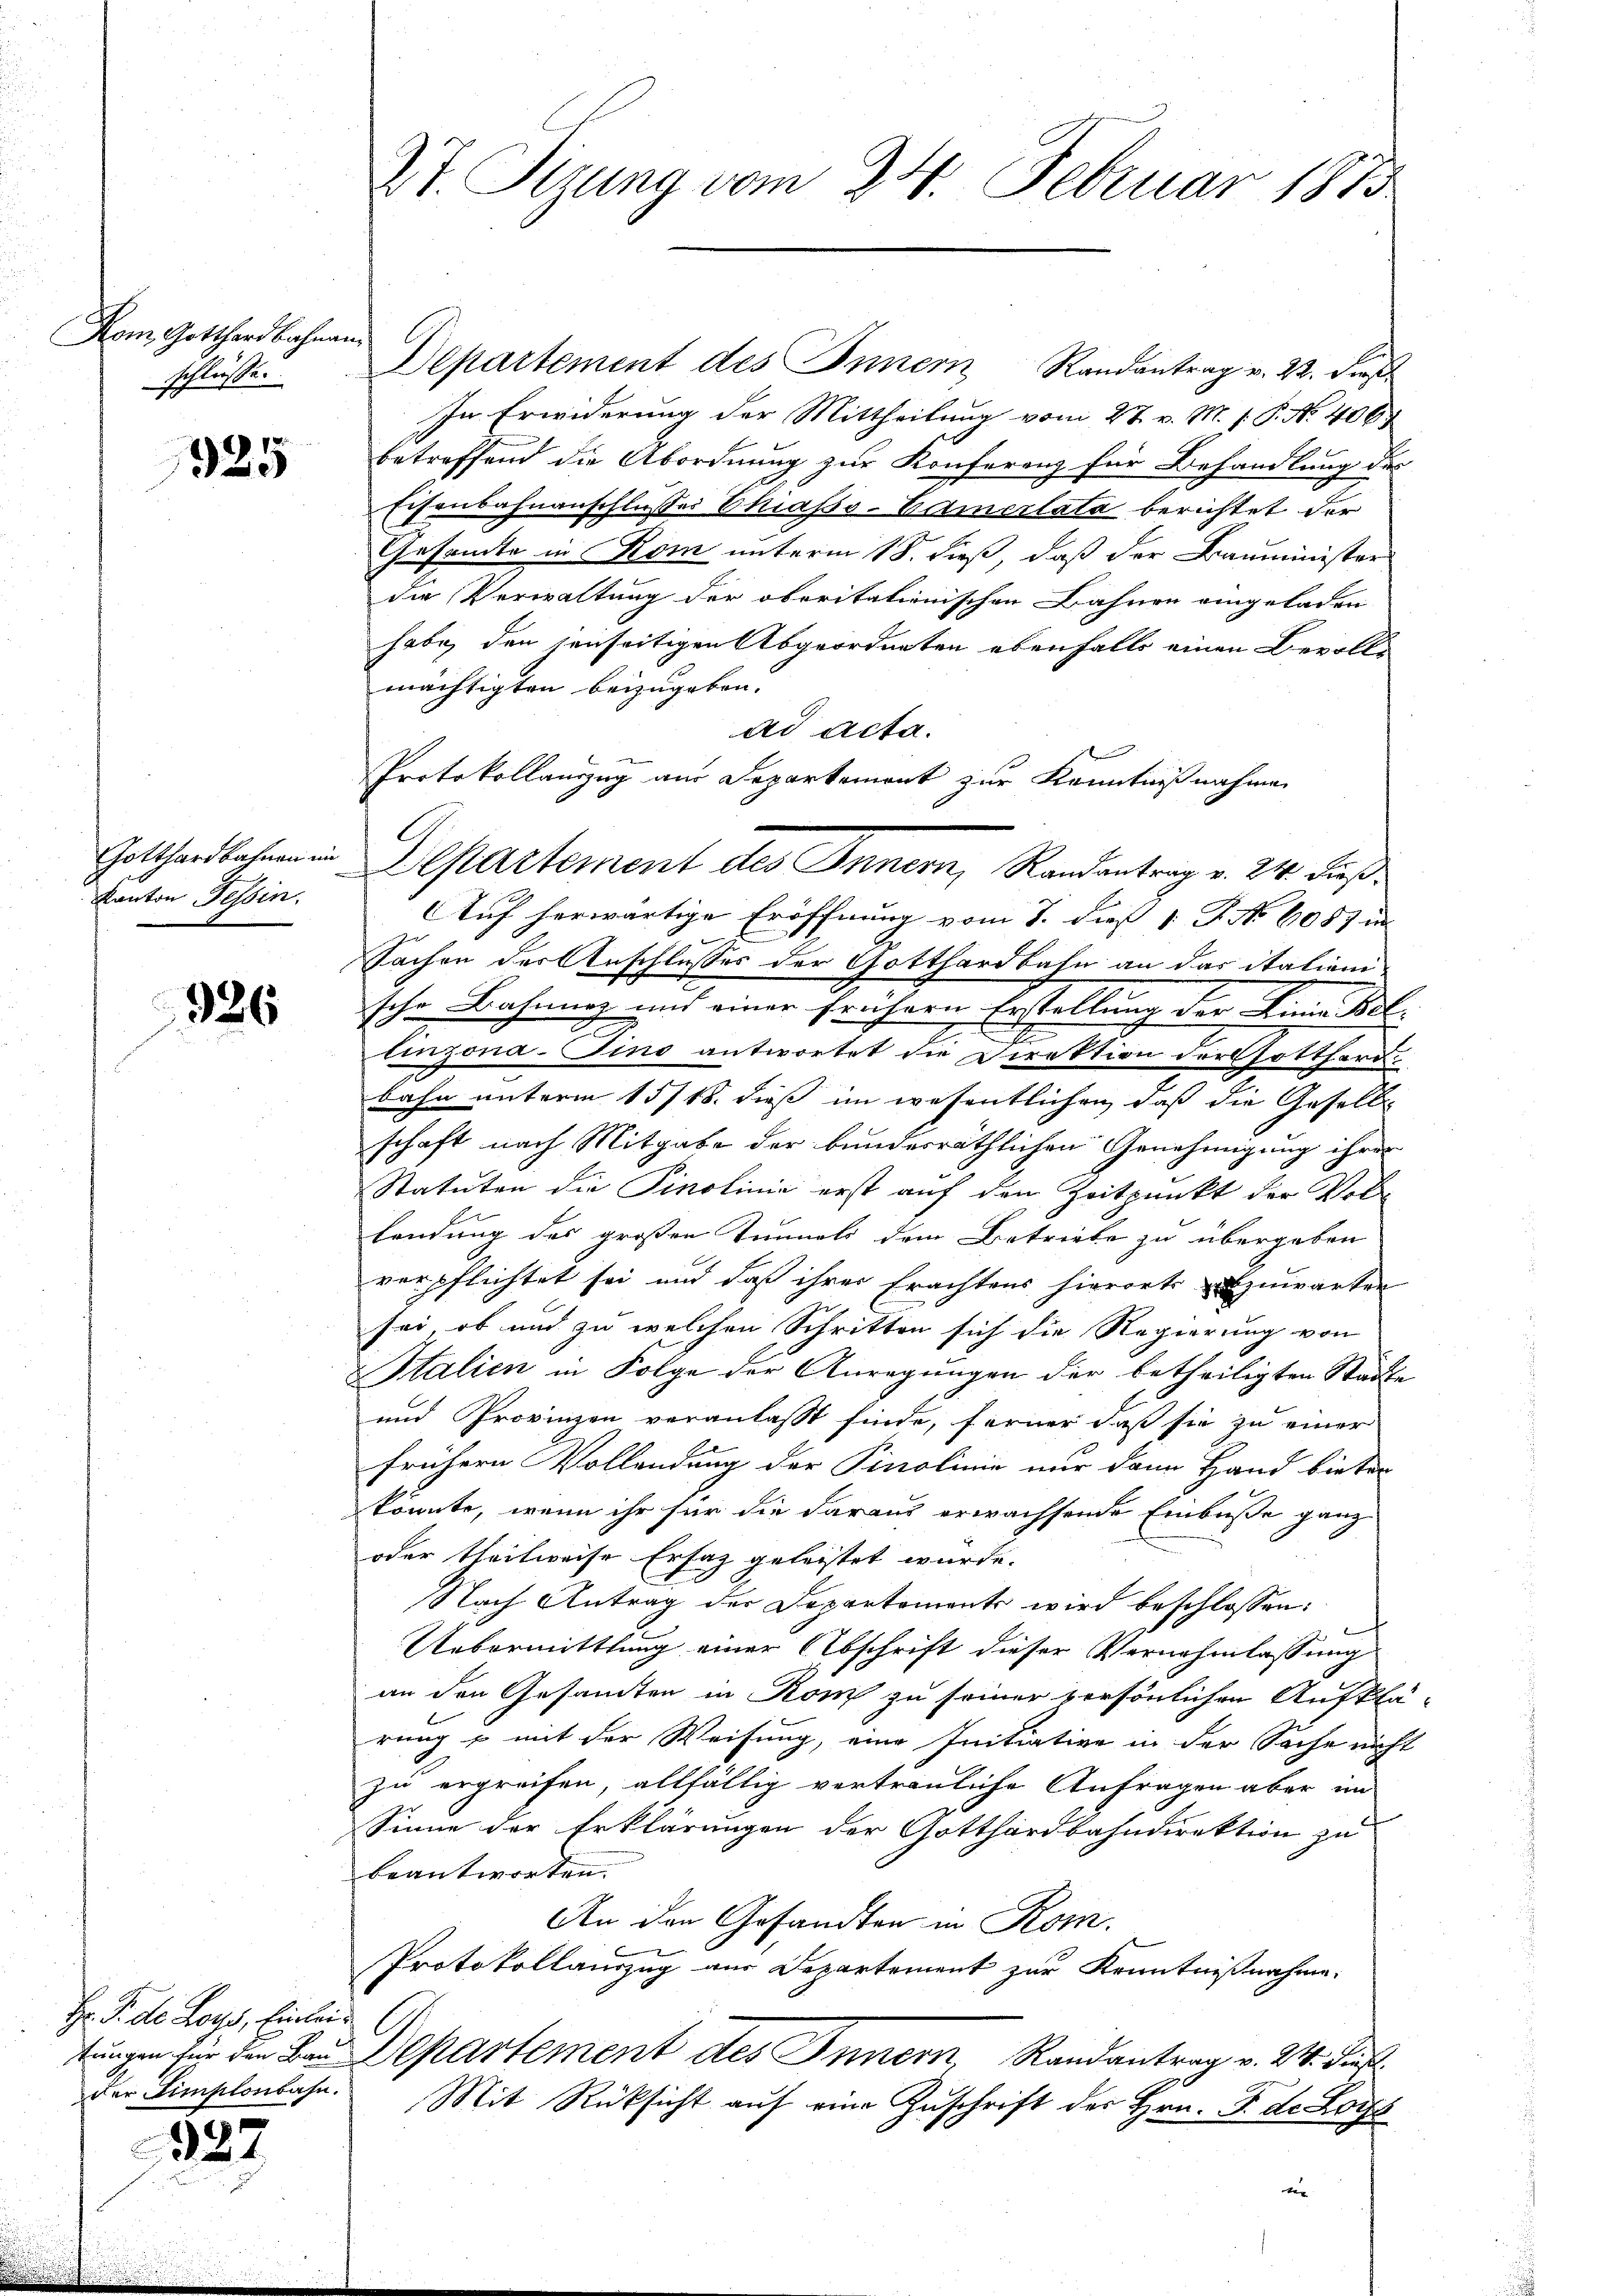
Nom, Gotthardbahnan
schlüsse.

325

Gotthardbahnen im
ve
Kanton Tessin.

926

Hr. P. de Loys, Einleistungen für den Bau-
der Simplonbahn.

322

Zt. Sizung vom 24. Februar 1875

Departement des Innern Randantrag v. 22. dieß
In Erwiderung der Mittheilung vom 27. v. M. P.P. No. 406
betreffend die Abordnung zur Konferenz für Behandlung des
Eisenbahnanschlusses Chiasso-Vamcrlata berichtet der
Gesamte in Kom unterm 18. dieß, daß der Bauminister
die Verwaltung der oberitationischen Bahnen eingeladen
habe, den jenseitigen Abgeordneten ebenfalls einen Bevolle
mächtigten beizugeben.
ad acta.
Protokollanzug am Departement zur Kenntnißnahmen
Auf herwärtige Eröffnung vom 1. daß 1. P. Nr. 1087 in
Sachen der Anschlusses der Gotthardbahn an das italienische Bahnung und einer frühern Erstellung der Linie Bel-
2
.
linzona-Fino antwortet die Direktion der Gotthard
bahn unterm 15/18. dieß im wesentlichen, daß die Gesell
schaft nach Mitgabe der bunderräthlichen Genehmigung ihrer
Statuten die Pinolinie erst auf den Zeitpunkt der Vollendung des großen Tunneli dem Betriebe zu übergeben
verpflichtet sei und daß ihrer Erachtens hierorts abzuwarten
sei, ob und zu welchen Schritten sich die Regierung von
Italien in Folge der Anregungen der betheiligten Städte
und Provinzen veranlaßt finde, ferner daß sie zu einer
frühern Vollendung der Pinolinie nur dann Hand bieter
könnte, wenn ihr für die daraus erwachsende Einbuße ganz
oder theilweise Ersatz geleistet wurde.
Nach Antrag der Departements wird beschlossen:
Uebermittlung einer Abschrift dieser Vernehmlassung
an den Gesamten in Rom zu seiner persönlichen Aufklä-
rung & mit der Weisung, eine Initiative in der Sache nicht
zu ergreifen, allfällig vertrauliche Anfragen aber im
Sinne der Erklärungen der Gotthardbahndirektion zu
beantworten.
An den Gesandten in Rom.
Protokollauszug aus Departement zur Kenntnißnahme.
G
Departement des Innern Randantrag v. 24. Fens
Mit Rücksicht auf eine Zuschrift des Hrn. F. de Lors
der

Departement des Innern, Randantrag v. 24. dieß